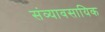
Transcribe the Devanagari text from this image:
संव्यावसायिक